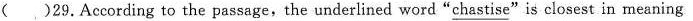
( )29.According to the paasage,the underlined word"chastise"is closest in meaning